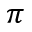
\pi